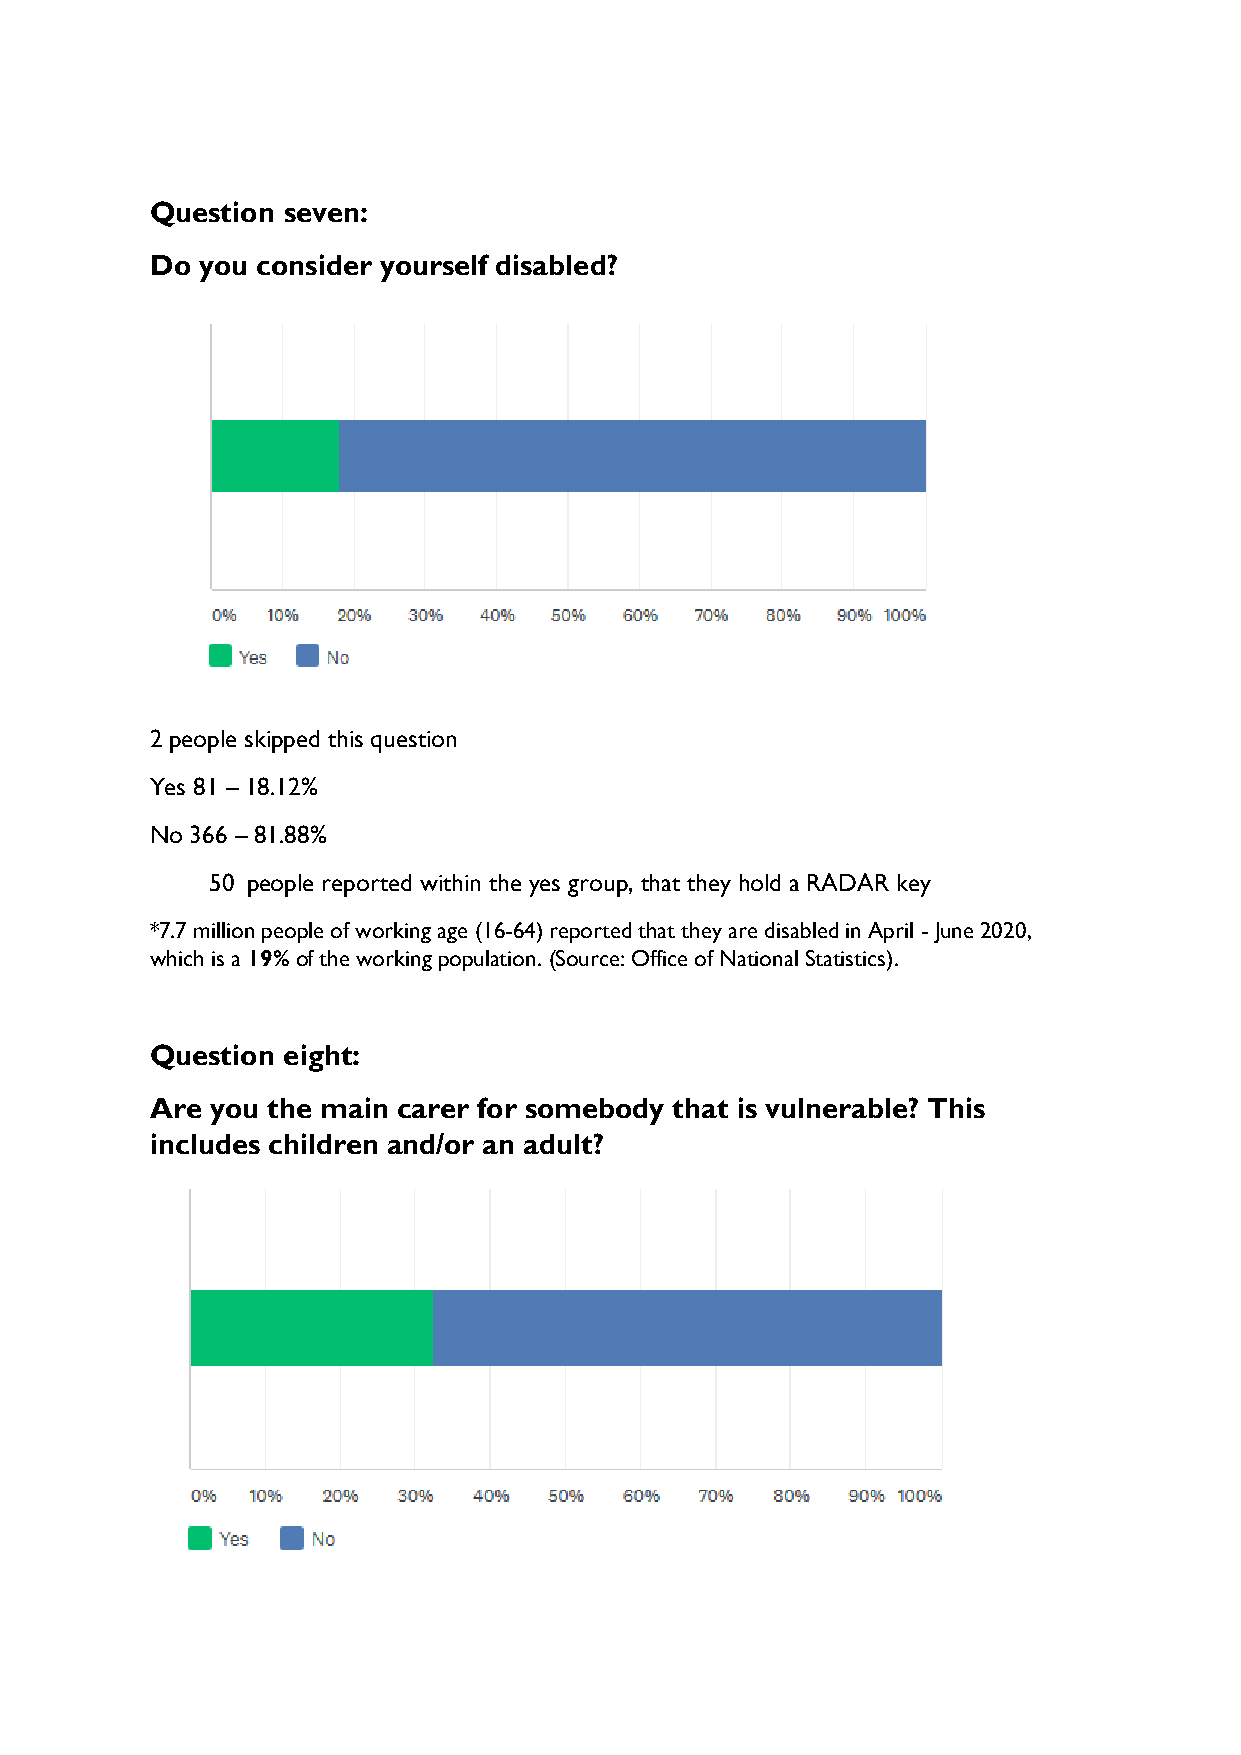
Question seven:
 Do you consider yourself disabled?
 2 people skipped this question
 Yes 81 – 18.12%
 No 366 – 81.88%
 50 people reported within the yes group, that they hold a RADAR key
 *7.7 million people of working age (16-64) reported that they are disabled in April - June 2020,
 which is a 19% of the working population. (Source: Office of National Statistics).
 Question eight:
 Are you the main carer for somebody that is vulnerable? This
 includes children and/or an adult?